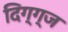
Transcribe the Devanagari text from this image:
दिग्ग्ज